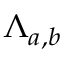
\Lambda _ { a , b }